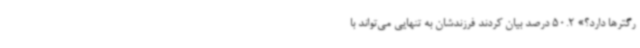
رگترها دارد؟» 50.2 درصد بیان کردند فرزندشان به تنهایی می‌تواند با